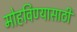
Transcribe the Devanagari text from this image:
मोहविण्यासाठी